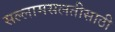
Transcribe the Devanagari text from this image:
सल्लामसलतीसाठी